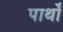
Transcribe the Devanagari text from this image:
पार्थों